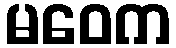
မဝေက